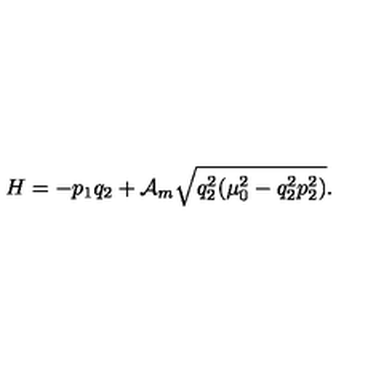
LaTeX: H = - p _ { 1 } q _ { 2 } + { \cal A } _ { m } \sqrt { q _ { 2 } ^ { 2 } ( \mu _ { 0 } ^ { 2 } - q _ { 2 } ^ { 2 } p _ { 2 } ^ { 2 } ) } { . }